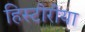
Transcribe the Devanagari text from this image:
हिस्टीरीया